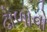
ઢોળાવો